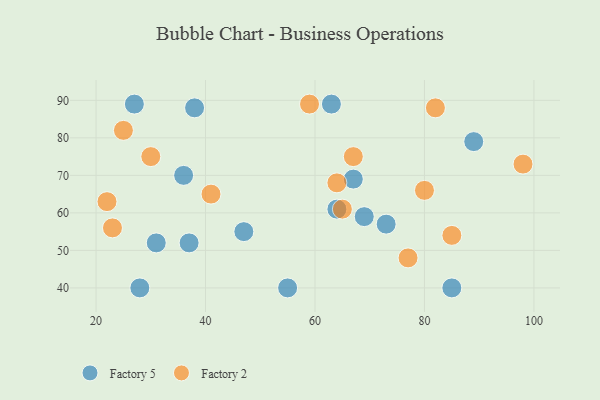
{"axis": {"x": "GDP", "y": "Life Expectancy"}, "legend": ["Factory 2", "Factory 5"], "data": [{"x": "36", "y": 70, "type": "Factory 5"}, {"x": "55", "y": 40, "type": "Factory 5"}, {"x": "31", "y": 52, "type": "Factory 5"}, {"x": "27", "y": 89, "type": "Factory 5"}, {"x": "89", "y": 79, "type": "Factory 5"}, {"x": "73", "y": 57, "type": "Factory 5"}, {"x": "47", "y": 55, "type": "Factory 5"}, {"x": "85", "y": 40, "type": "Factory 5"}, {"x": "28", "y": 40, "type": "Factory 5"}, {"x": "37", "y": 52, "type": "Factory 5"}, {"x": "67", "y": 69, "type": "Factory 5"}, {"x": "38", "y": 88, "type": "Factory 5"}, {"x": "64", "y": 61, "type": "Factory 5"}, {"x": "69", "y": 59, "type": "Factory 5"}, {"x": "63", "y": 89, "type": "Factory 5"}, {"x": "59", "y": 89, "type": "Factory 2"}, {"x": "77", "y": 48, "type": "Factory 2"}, {"x": "80", "y": 66, "type": "Factory 2"}, {"x": "22", "y": 63, "type": "Factory 2"}, {"x": "30", "y": 75, "type": "Factory 2"}, {"x": "23", "y": 56, "type": "Factory 2"}, {"x": "85", "y": 54, "type": "Factory 2"}, {"x": "98", "y": 73, "type": "Factory 2"}, {"x": "82", "y": 88, "type": "Factory 2"}, {"x": "25", "y": 82, "type": "Factory 2"}, {"x": "41", "y": 65, "type": "Factory 2"}, {"x": "64", "y": 68, "type": "Factory 2"}, {"x": "67", "y": 75, "type": "Factory 2"}, {"x": "65", "y": 61, "type": "Factory 2"}]}